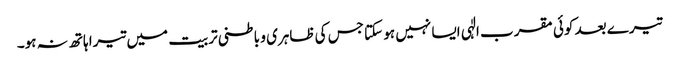
تیرے بعد کوئی مقرب الٰہی ایسا نہیں ہو سکتا جس کی ظاہری و باطنی تربیت میں تیرا ہاتھ نہ ہو۔